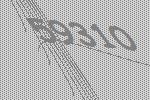
59310